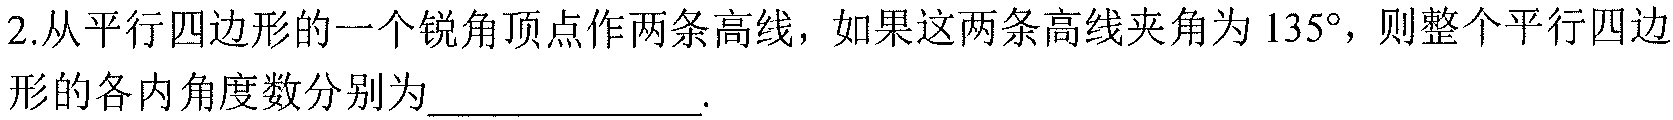
2.从平行四边形的一个锐角顶点作两条高线，如果这两条高线夹角为 \(135^{\circ}\)，则整个平行四边形的各内角度数分别为_____________.